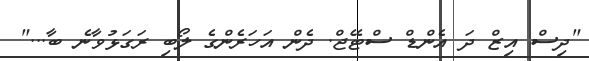
"ދިސް އިޒް ދަ އެންޑް ސްޓޭޖް. ދެން އަހަރެންގެ ލޯބި ރަގަޅުވާނެ ބާ..."